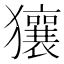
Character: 獽